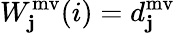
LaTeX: W_{\mathbf{j}}^{\mathrm{{mv}}}(i)=d_{\mathbf{j}}^{\mathrm{{mv}}}